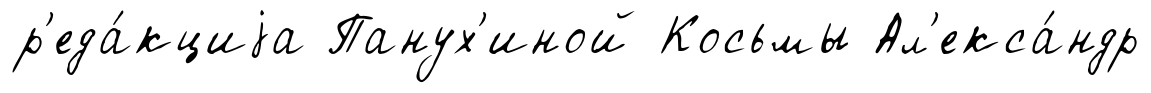
р'еда́кциjа Панух'иной Косьмы Ал'екса́ндр